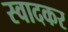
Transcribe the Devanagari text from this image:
स्वादकर